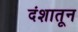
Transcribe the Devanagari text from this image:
दंशातून